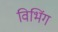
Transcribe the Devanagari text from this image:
विभिंग